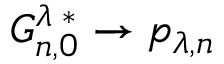
G _ { n , 0 } ^ { \lambda \; * } \to p _ { \lambda , n }